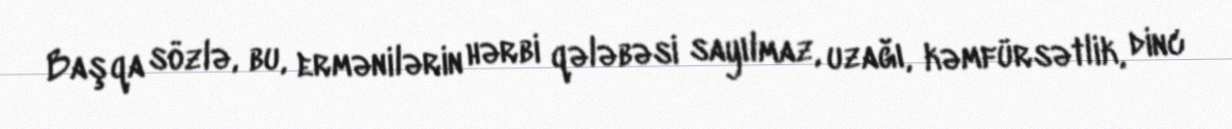
Başqa sözlə, bu, ermənilərin hərbi qələbəsi sayılmaz, uzağı, kəmfürsətlik, dinc